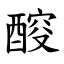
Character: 䤇